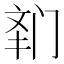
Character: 𲈾